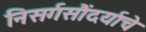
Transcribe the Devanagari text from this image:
निसर्गसौंदर्याचे